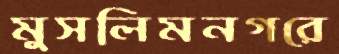
মুসলিমনগরে